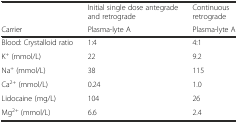
|  | Initial single dose antegrade and retrograde | Continuous retrograde |
 | Carrier | Plasma-lyte A | Plasma-lyte A |
 | --- | --- | --- |
 | Blood: Crystalloid ratio | 1:4 | 4:1 |
 | K+ (mmol/L) | 22 | 9.2 |
 | Na+ (mmol/L) | 38 | 115 |
 | Ca2+ (mmol/L) | 0.24 | 1.0 |
 | Lidocaine (mg/L) | 104 | 26 |
 | Mg2+ (mmol/L) | 6.6 | 2.4 |